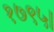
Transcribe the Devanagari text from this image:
१७९५।